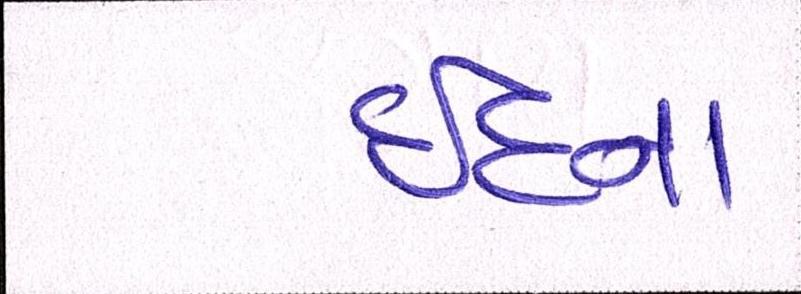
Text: ઈદના